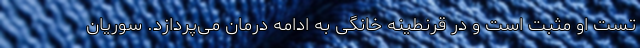
تست او مثبت است و در قرنطینه خانگی به ادامه درمان می‌پردازد. سوریان